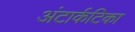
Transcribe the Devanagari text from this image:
अंटार्कटिका